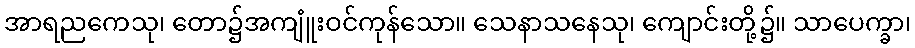
အာရညကေသု၊ တော၌အကျူံးဝင်ကုန်သော။ သေနာသနေသု၊ ကျောင်းတို့၌။ သာပေက္ခာ၊